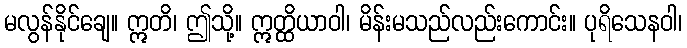
မလွန်နိုင်ချေ။ ဣတိ၊ ဤသို့။ ဣတ္ထိယာဝါ၊ မိန်းမသည်လည်းကောင်း။ ပုရိသေနဝါ၊